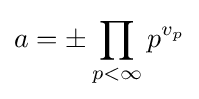
a=\pm \prod _{p<\infty }p^{v_{p}}